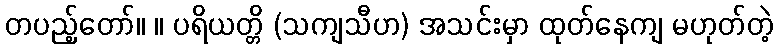
တပည့်တော်။ ။ ပရိယတ္တိ (သကျသီဟ) အသင်းမှာ ထုတ်နေကျ မဟုတ်တဲ့